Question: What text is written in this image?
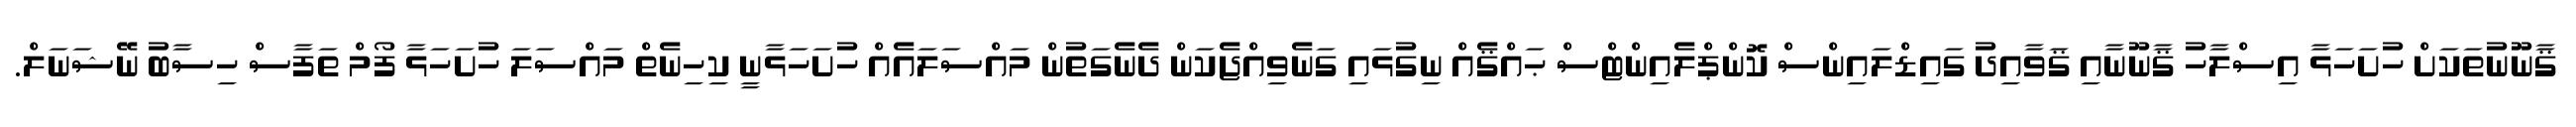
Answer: ޤާނޫނުތަކަށް ހުށަހަޅާ އިސްލާހު ޤާނޫނާއި ޤަވާއިދު ގައިޑްލައިންސް ކޮންޕްލެއިންޓްސް ޙައްޤެއް ނިގުޅައި ގަނެވިއްޖެކަން ދެނެގަތުން މައްސަލައެއް ހުށަހަޅާނީ ކިހިނެތް މައްސަލަ ހުށަހަޅާ ފޯމް ތަފާސް ހިސާބު ނޭޝަނަލް.